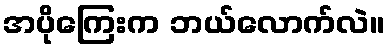
အပိုကြေးက ဘယ်လောက်လဲ။